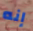
إنه